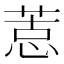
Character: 𢝨